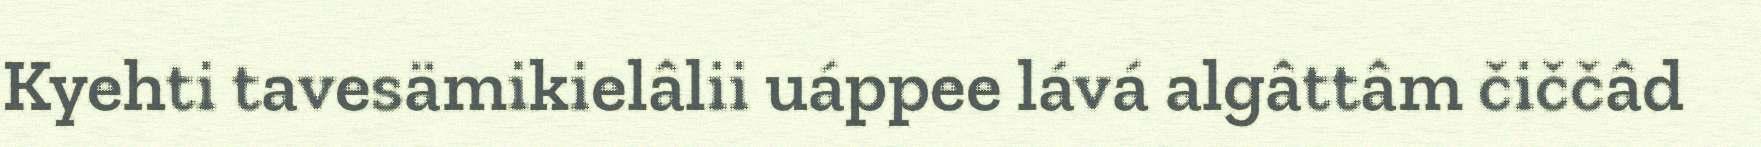
Kyehti tavesämikielâlii uáppee lává algâttâm čiččâd